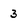
Character: 3